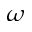
\omega